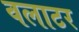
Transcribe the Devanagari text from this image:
वलाटर